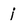
Character: j